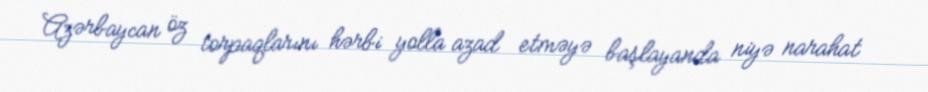
Azərbaycan öz torpaqlarını hərbi yolla azad etməyə başlayanda niyə narahat